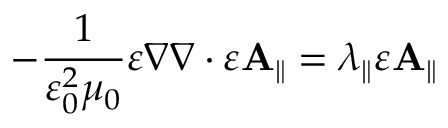
- \frac { 1 } { \varepsilon _ { 0 } ^ { 2 } \mu _ { 0 } } \varepsilon \nabla \nabla \cdot \varepsilon \mathbf { A } _ { \parallel } = \lambda _ { \parallel } \varepsilon \mathbf { A } _ { \parallel }